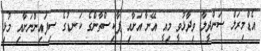
އެޑްމިރަލް ސަންދީލާ ވިދާޅުވީ މިއީ އޭނާ އަށާއި ޕާކިސްތާންގެ ކަނޑުގެ ސިފައިންނަށާއި މުޅި